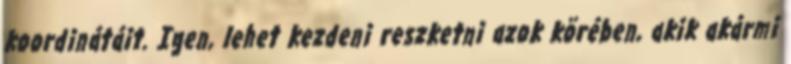
koordinátáit. Igen, lehet kezdeni reszketni azok körében, akik akármi